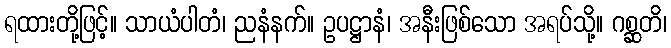
ရထားတို့ဖြင့်။ သာယံပါတံ၊ ညနံနက်။ ဥပဋ္ဌာနံ၊ အနီးဖြစ်သော အရပ်သို့။ ဂစ္ဆတိ၊